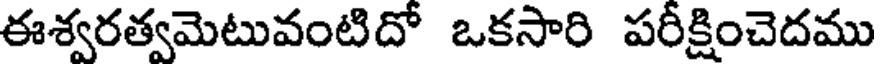
ఈశ్వరత్వమెటువంటిదో ఒకసారి పరీక్షించెదము